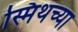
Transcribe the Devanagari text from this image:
स्मिथच्या